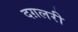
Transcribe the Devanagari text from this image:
दग़लरी